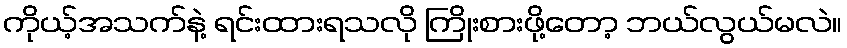
ကိုယ့်အသက်နဲ့ ရင်းထားရသလို ကြိုးစားဖို့တော့ ဘယ်လွယ်မလဲ။